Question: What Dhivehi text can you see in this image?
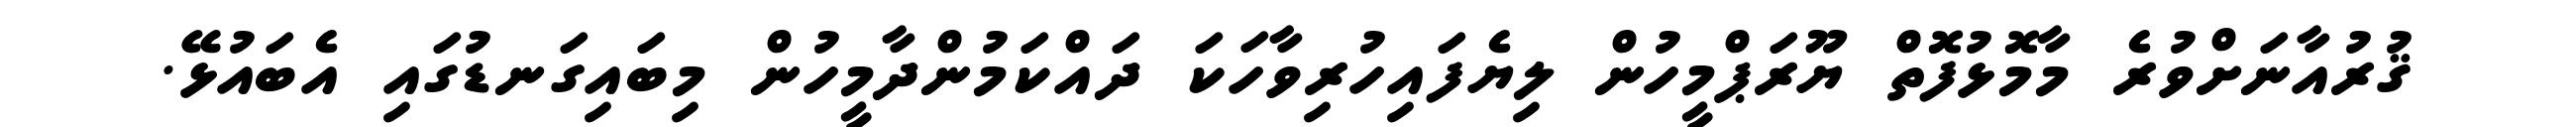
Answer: ޤުރުއާނަށްވުރެ މާމޮޅުފޮތް ޔޫރަޕްމީހުން ލިޔެފައިހުރިވާހަކަ ދައްކަމުންދާމީހުން މިބައިގަނޑުގައި އެބައުޅޭ.